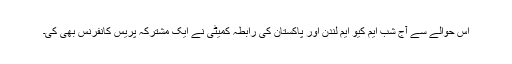
اس حوالے سے آج شب ایم کیو ایم لندن اور پاکستان کی رابطہ کمیٹی نے ایک مشترکہ پریس کانفرنس بھی کی۔